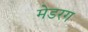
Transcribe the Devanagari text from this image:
मेडरग